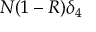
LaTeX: N ( 1 - R ) \delta _ { 4 }